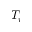
T _ { r }